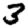
Digit: 3